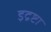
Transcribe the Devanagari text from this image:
इद्रष्टा